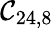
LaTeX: \mathcal{C}_{24,8}